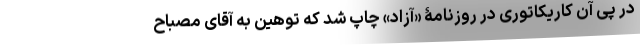
در پی آن کاریکاتوری در روزنامۀ «آزاد» چاپ شد که توهین به آقای مصباح